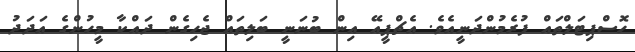
ހޮސްޕިޓަލްތައް ފުރެމުންދަނީއެވެ. އެޗްޕީއޭ އިން ބުނަނީ ބަލިތައް ޖެހިގެން ދައްކާ މީހުންގެ އަދަދު